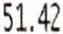
51.42